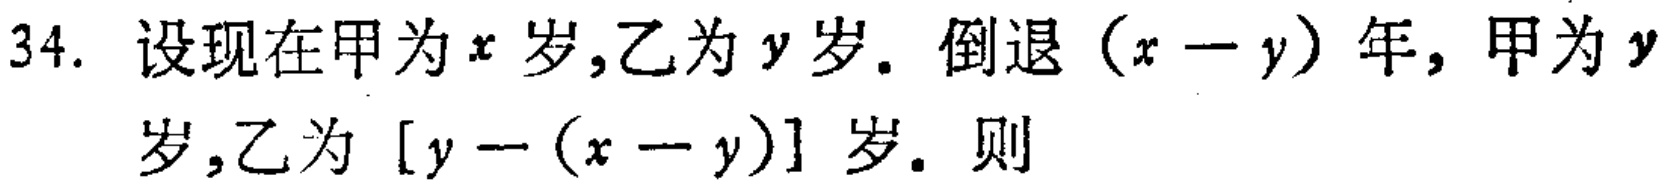
34. 设现在甲为\(x\)岁,乙为\(y\)岁. 倒退\((x - y)\)年, 甲为\(y\)岁,乙为\([y - (x - y)]\)岁. 则